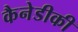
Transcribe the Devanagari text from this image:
कैनेडीकी